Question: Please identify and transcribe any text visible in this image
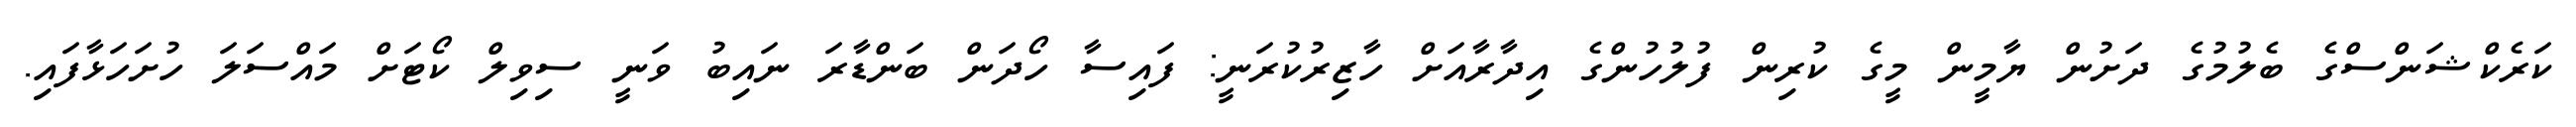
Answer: ކަރެކްޝަންސްގެ ބެލުމުގެ ދަށުން ޔާމީން މީގެ ކުރިން ފުލުހުންގެ އިދާރާއަށް ހާޒިރުކުރަނީ: ފައިސާ ހޯދަން ބަންޑާރަ ނައިބު ވަނީ ސިވިލް ކޯޓަށް މައްސަލަ ހުށަހަޅާފައި.